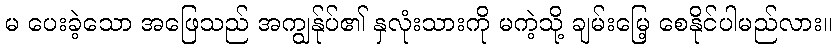
မ ပေးခဲ့သော အဖြေသည် အကျွန်ုပ်၏ နှလုံးသားကို မကဲ့သို့ ချမ်းမြေ့ စေနိုင်ပါမည်လား။